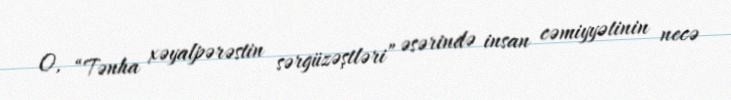
O, “Tənha xəyalpərəstin sərgüzəştləri” əsərində insan cəmiyyətinin necə